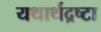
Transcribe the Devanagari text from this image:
यथार्थद्रष्टा